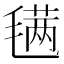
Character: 𣯣